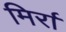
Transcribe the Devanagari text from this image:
मिर्रा